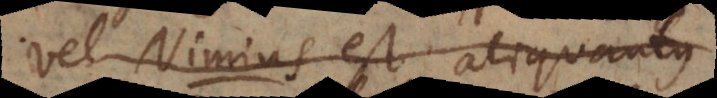
Vel Nimius est aliquantus